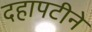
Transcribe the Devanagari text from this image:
दहापटीने